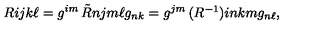
\begin{matrix} { R } \\ \end{matrix} { i j } { k \ell } = g ^ { i m } \begin{matrix} { \tilde { R } } \\ \end{matrix} { n j } { m \ell } g _ { n k } = g ^ { j m } \begin{matrix} { ( R ^ { - 1 } ) } \\ \end{matrix} { i n } { k m } g _ { n \ell } ,